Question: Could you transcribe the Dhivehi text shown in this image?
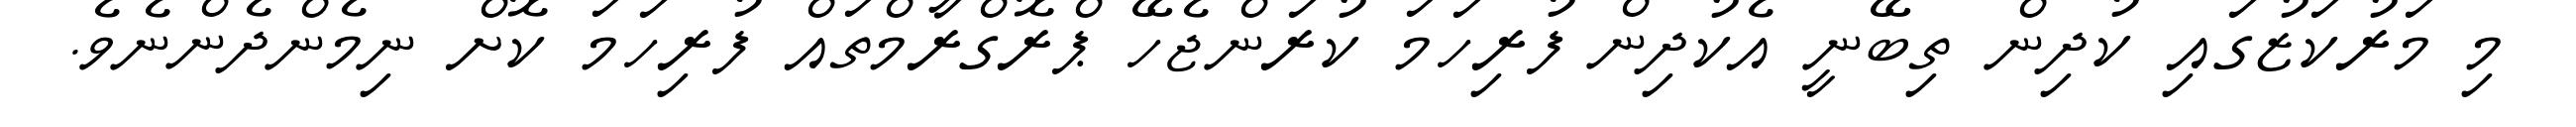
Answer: މި މަރުކަޒުގައި ކުދިން ތިބޭނީ އެކުދިން ފުރިހަމަ ކުރަންޖެހޭ ޕްރޮގްރާމްތައް ފުރިހަމަ ކޮށް ނިމެންދެންނެވެ.